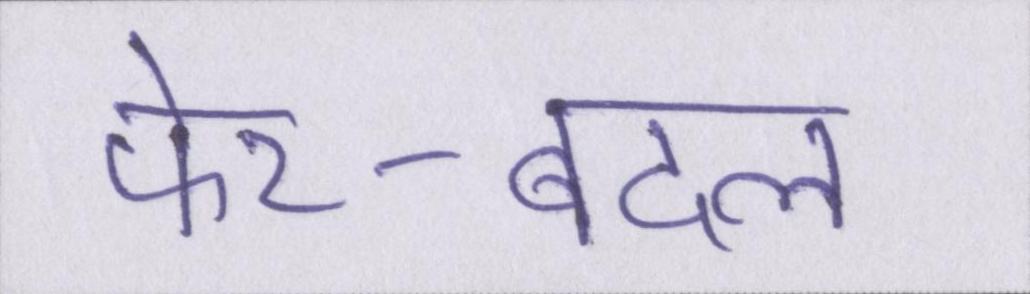
फेर-बदल